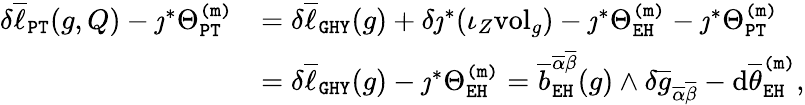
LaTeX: \begin{array}{rl}{\delta\overline{{\ell}}_{\mathtt{PT}}(g,Q)-\jmath^{*}\Theta_{\mathtt{PT}}^{\mathtt{(m)}}}&{=\delta\overline{{\ell}}_{\mathtt{GHY}}(g)+\delta\jmath^{*}(\iota_{Z}\mathrm{vol}_{g})-\jmath^{*}\Theta_{\mathtt{EH}}^{\mathtt{(m)}}-\jmath^{*}\Theta_{\mathtt{PT}}^{\mathtt{(m)}}}\\ &{=\delta\overline{{\ell}}_{\mathtt{GHY}}(g)-\jmath^{*}\Theta_{\mathtt{EH}}^{\mathtt{(m)}}=\overline{{b}}_{\mathtt{EH}}^{\overline{{\alpha}}\overline{{\beta}}}(g)\wedge\delta\overline{{g}}_{\overline{{\alpha}}\overline{{\beta}}}-\mathrm{d}\overline{{\theta}}_{\mathtt{EH}}^{\mathtt{(m)}},}\end{array}